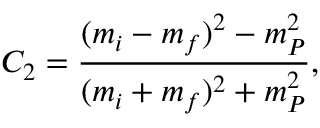
C _ { 2 } = \frac { ( m _ { i } - m _ { f } ) ^ { 2 } - m _ { P } ^ { 2 } } { ( m _ { i } + m _ { f } ) ^ { 2 } + m _ { P } ^ { 2 } } ,